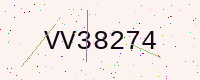
Text: VV38274